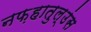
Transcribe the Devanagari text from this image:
नफ़हातुल्उंस